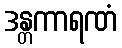
ဒန္တကာရဏံ